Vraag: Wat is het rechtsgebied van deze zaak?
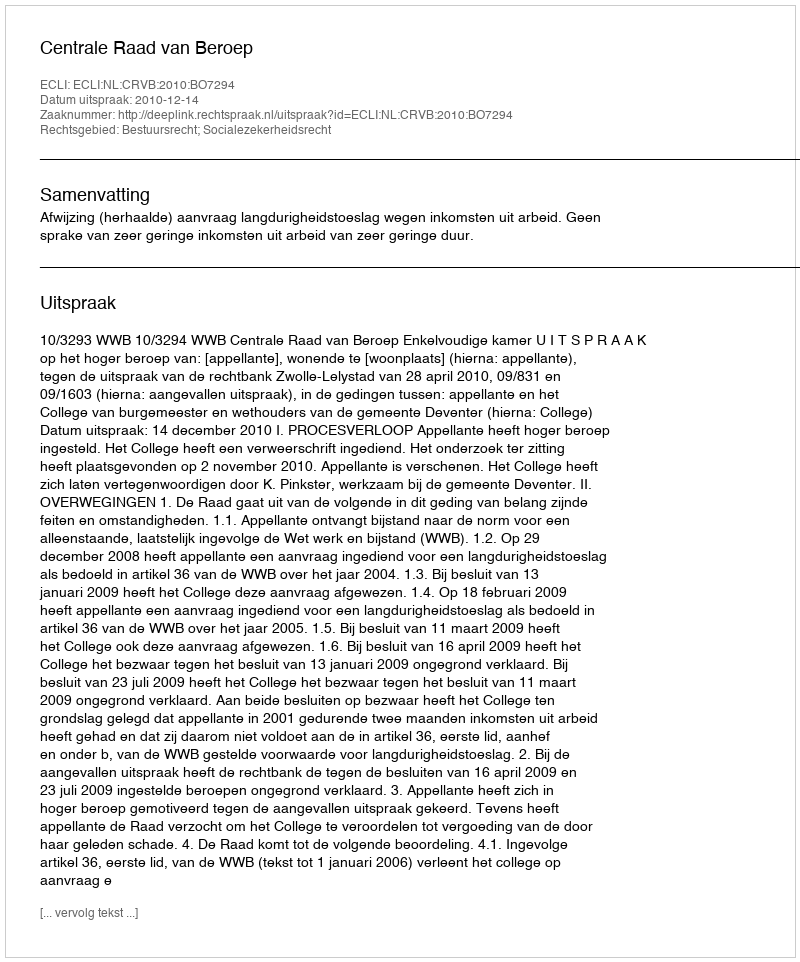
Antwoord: Bestuursrecht; Socialezekerheidsrecht